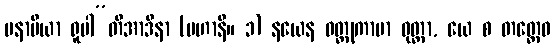
မနာပိယာ ရူပါ”တိအာဒိနာ (မဟာနိ။ ၁) နယေန ဝတ္ထုကာမာ ဝုတ္တာ, ယေ စ တတ္ထေဝ